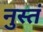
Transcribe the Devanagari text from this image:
नुस्तं